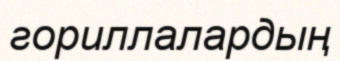
гориллалардың